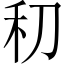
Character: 𰨛